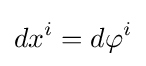
dx^{i}=d\varphi ^{i}